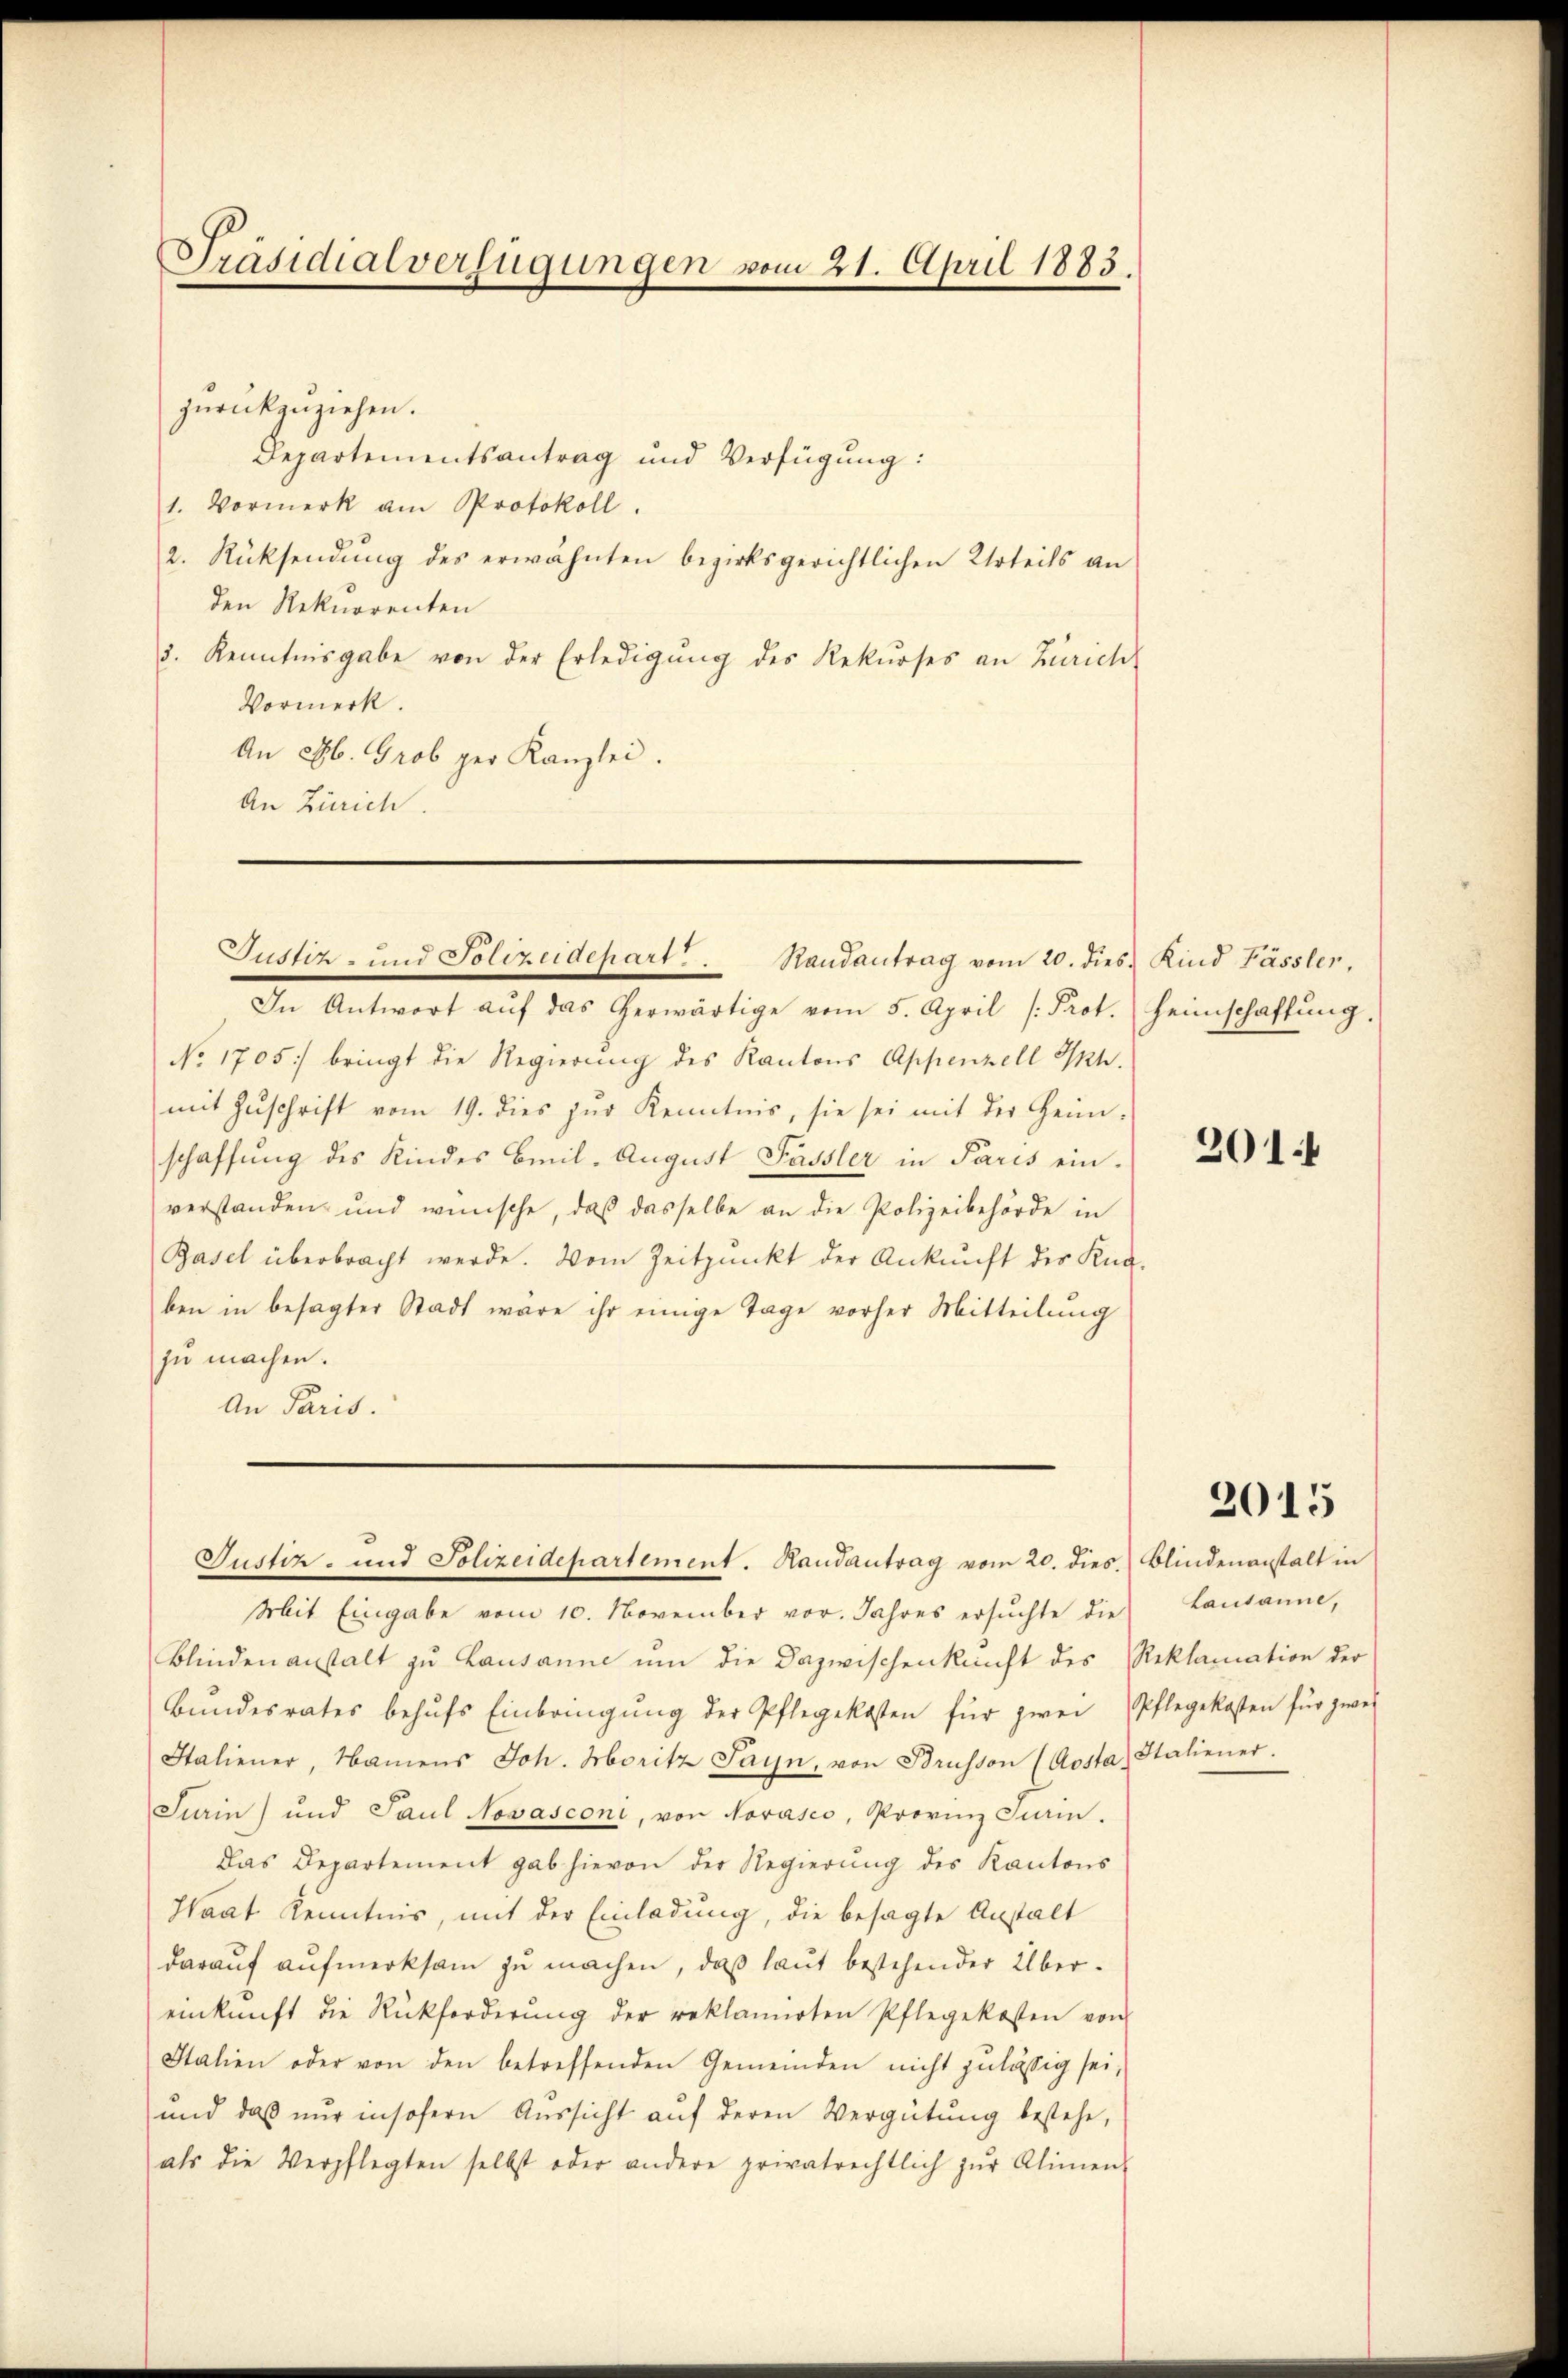
Präsidialverfügungen vom 21. April 1883.

zurückzuziehen.
Departementsantrag und Verfügung:
1. Vormerk am Protokoll.
2. Rücksendŭng des erwähnten bezirksgerichtlichen Urteils an
den Rekurrenten
3. Kenntnisgabe von der Erledigŭng des Rekurses an Zürich
Vormerk.
An 296. Grob per Kanzlei.
An Zürich.

Justiz- und Polizeidepart . . Randantrag vom 20. dies Kind Fässler,

In Antwort aŭf das herwärtige vom 5. April [Prot. Heimschaftung,
No. 1705) bringt die Regierung des Kantons Appenzell Ah.
mit Zŭschrift vom 19. dies zŭr Kenntnis, sie sei mit der Heim-
schaffung des Kindes Beil. August Fassler in Paris einverstanden und wünsche, daß dasselbe an die Polizeibehörde in
Basel überbracht werde. Vom Zeitpunkt der Ankunft des Kna-
ben in besagter Stadt wäre ihr einige Tage vorher Mitteilung
zu machen.
An Paris.

Justiz- und Polizeidepartement. Randantrag vom 20. dies. Blindenanstalt in

Mit Eingabe vom 10. November vor. Jahres ersuchte die
Blinden anstalt zu Lausanne um die Dazwischenkunft des Reklamation der
Bŭndesrates behŭfs Einbringŭng der Pflegekosten für zwei Pflegekosten für zwei
Italiener, Namens Joh. Moritz Sayn, von Brusson (Aosta, Italiener.
Suain) und Paul Novasconi, von Norasco, Provinz Turin.
Das Departement gab hievon der Regierung des Kantons
Haat Kenntnis, mit der Einladung, die besagte Anstalt
darauf aufmerksam zu machen, daß laut bestehender Übereinkunft die Rückforderŭng der reklamirten Pflegekosten von
Italien oder von den betreffenden Gemeinden nicht zulässig sei,
und das nur insofern Aussicht auf deren Vergütung bestehe,
als die Verpflegten selbst oder andere privatrechtlich zŭr Alimen-

301.

2015

Lausanne,